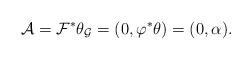
LaTeX: \begin{align*} \mathcal A =\mathcal F^{*}\theta_{\mathcal{G}} = (0, \varphi^{*}\theta) = ( 0, \alpha).\end{align*}